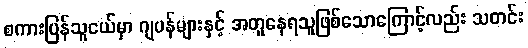
စကားပြန်သူငယ်မှာ ဂျပန်များနှင့် အတူနေရသူဖြစ်သောကြောင့်လည်း သတင်း